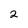
Character: 2